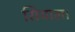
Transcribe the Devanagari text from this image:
सियाल।